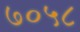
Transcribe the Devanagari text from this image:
७०५८